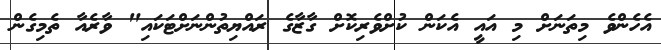
އެހެންވެ މިތަނަށް މި އައީ އެކަން ކުށްވެރިކޮށް ގާޒާގެ ރައްޔިތުންނަށްޓަކައި" ވާރެއާ ތެމިގެން